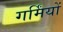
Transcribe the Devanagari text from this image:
गर्मिंयों